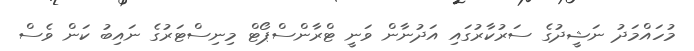
މުހައްމަދު ނަޝީދުގެ ސަރުކާރުގައި އަދުނާން ވަނީ ޓްރާންސްޕޯޓް މިިނިސްޓަރުގެ ނައިބު ކަން ވެސް